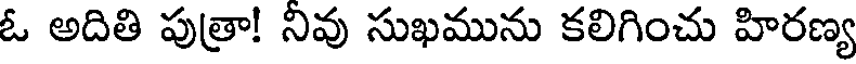
ఓ అదితి పుత్రా! నివు సుఖమును కలిగించు హిరణ్య